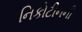
નિકોટીનની